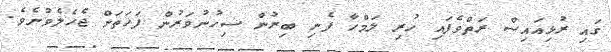
ގައި ރުޅިއައިސް ރަތްވެފައި ހުރި ލަމްހާ ފެނި ބިރުން ސިހުނުވަރުން ފަހަތަށް ޖެހެލެވުނެވެ.